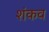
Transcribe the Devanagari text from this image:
शंकव